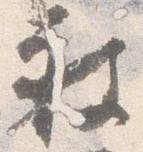
被